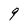
Character: 9